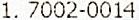
1. 7002-0014